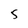
Character: 5